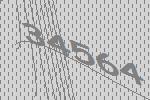
34564